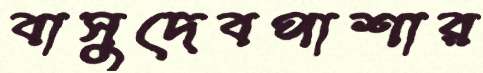
বাসুদেবপাশার